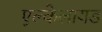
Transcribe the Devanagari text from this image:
एल्केलायड